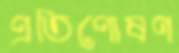
প্রতিপোষণ